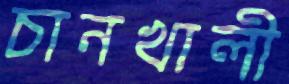
চানখালী